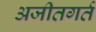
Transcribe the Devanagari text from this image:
अजीतगर्त